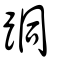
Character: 𨀜